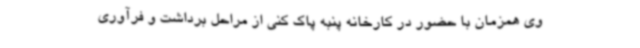
وی همزمان با حضور در کارخانه پنبه پاک کنی از مراحل برداشت و فرآوری